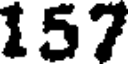
157